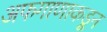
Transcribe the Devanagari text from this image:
अफगाणाकडून